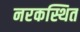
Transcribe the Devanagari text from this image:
नरकस्थित